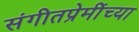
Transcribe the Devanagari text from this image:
संगीतप्रेमींच्या